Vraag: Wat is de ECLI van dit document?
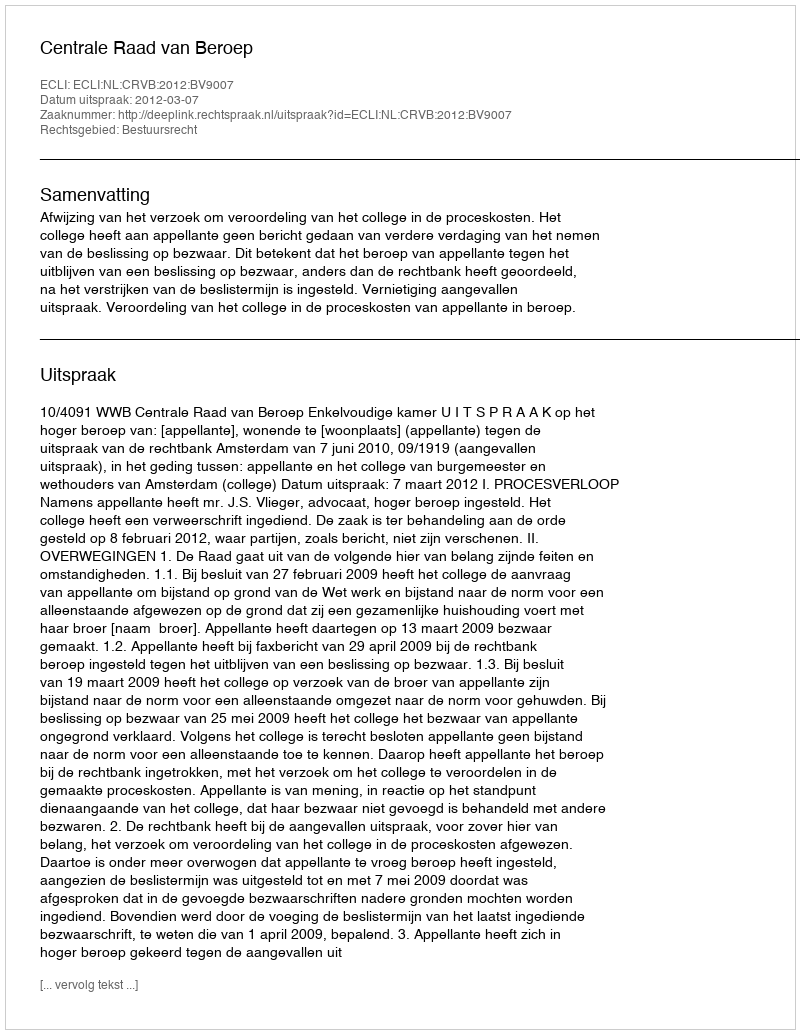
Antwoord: ECLI:NL:CRVB:2012:BV9007